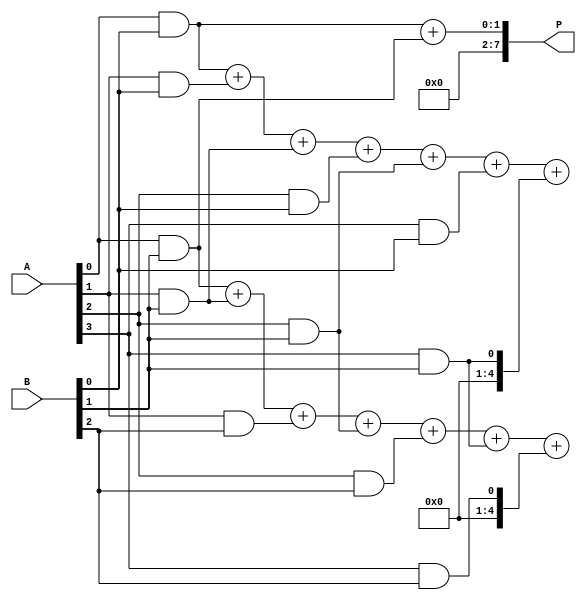
module Fault_Tolerant_Wallace_Tree_Multiplier #(parameter N = 4) (
    input [N-1:0] A,
    input [N-1:0] B,
    output reg [2*N-1:0] P
);

// Generate partial products
wire [N-1:0] pp [N-1:0]; // Partial products
genvar i, j;
generate
    for (i = 0; i < N; i = i + 1) begin : partial_products
        for (j = 0; j < N; j = j + 1) begin : and_gate
            assign pp[i][j] = A[i] & B[j];
        end
    end
endgenerate

// Function to add three inputs with fault tolerance (redundant paths)
function [N:0] add_three;
    input [N:0] a, b, c;
    begin
        add_three = a + b + c; // Simple addition, can be replaced with more complex logic if needed
    end
endfunction

// Wallace tree reduction (simplified)
reg [N:0] sum [N-1:0]; // Store sums for each row
integer row, col;

// Initial row assignment
always @(*) begin
    for (col = 0; col < N; col = col + 1) begin
        sum[col] = {1'b0, pp[0][col]}; // Start with first row of partial products
    end
end

// Wallace tree reduction process
always @(*) begin
    for (row = 1; row < N; row = row + 1) begin
        for (col = 0; col < N; col = col + 1) begin
            if (row < N) begin
                // Add groups of three bits (Fault tolerance can be added here)
                sum[col] = add_three(sum[col], {1'b0, pp[row][col]}, {1'b0, pp[row][col+1]});
            end
        end
    end
end

// Final addition stage (using carry-save adder for speed)
always @(*) begin
    P = sum[0] + sum[1];  // For simplicity, just adding two rows
end

endmodule